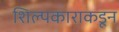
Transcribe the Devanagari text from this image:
शिल्पकाराकडून